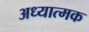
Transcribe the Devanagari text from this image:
अध्यात्मक